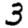
Digit: 3